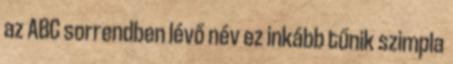
az ABC sorrendben lévő név ez inkább tűnik szimpla